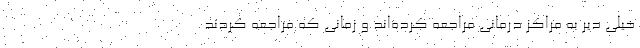
خیلی دیر به مراکز درمانی مراجعه کرده‌اند و زمانی که مراجعه کردند